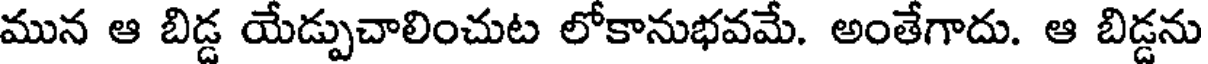
మున ఆ బిడ్డ యేడ్పుచాలించుట లోకానుభవమే. అంతేగాదు. ఆ బిడ్డను